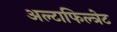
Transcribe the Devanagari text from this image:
अल्टाफिल्त्रेट